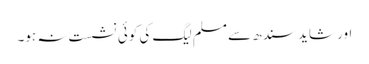
اور شاید سندھ سے مسلم لیگ کی کوئی نشست نہ ہو۔